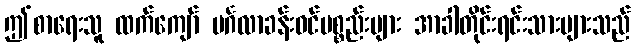
ဤစာရေးသူ ထက်ကျော် မင်္ဂလာခန်းဝင်ပစ္စည်းများ အာခါတိုင်းရင်းသားများသည်